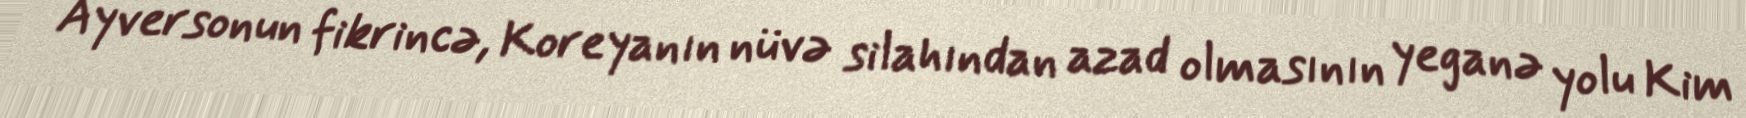
Ayversonun fikrincə, Koreyanın nüvə silahından azad olmasının yeganə yolu Kim